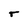
Character: T